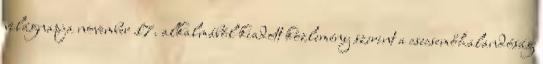
világnapja november 17. alkalmából kiadott közlemény szerint a csecsemőhalandóság